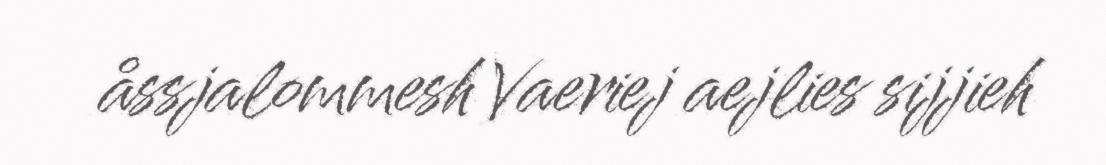
åssjalommesh Vaeriej aejlies sijjieh